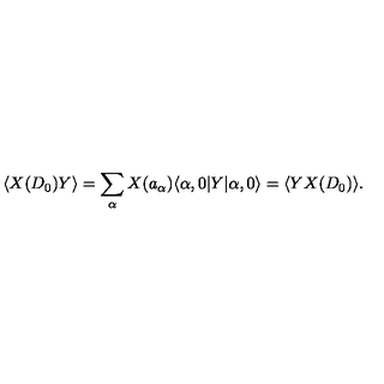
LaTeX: \langle X ( D _ { 0 } ) Y \rangle = \sum _ { \alpha } X ( a _ { \alpha } ) \langle \alpha , 0 | Y | \alpha , 0 \rangle = \langle Y X ( D _ { 0 } ) \rangle .